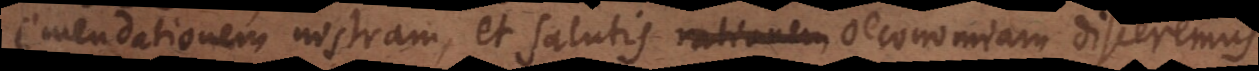
emendationem nostram, et salutis rationem oeconomiam disceremus